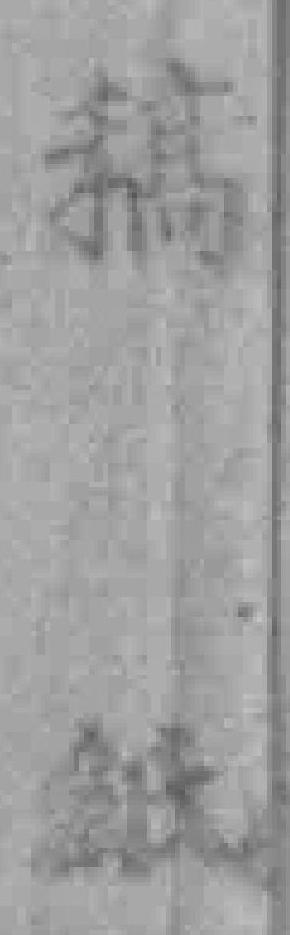
稿紙